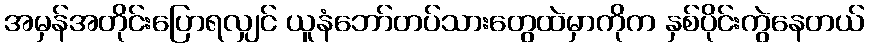
အမှန်အတိုင်းပြောရလျှင် ယူနံဘော်တပ်သားတွေထဲမှာကိုက နှစ်ပိုင်းကွဲနေတယ်